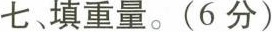
七、填重量。(6分）